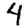
Digit: 4